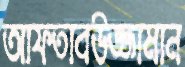
আফতাবউজ্জামান